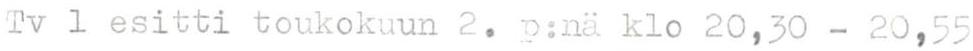
Tv 1 esitti toukokuun 2. p:nä klo 20,30 - 20,55